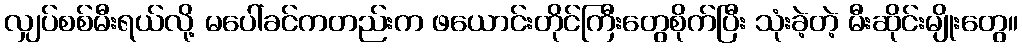
လျှပ်စစ်မီးရယ်လို့ မပေါ်ခင်ကတည်းက ဖယောင်းတိုင်ကြီးတွေစိုက်ပြီး သုံးခဲ့တဲ့ မီးဆိုင်းမျိုးတွေ။